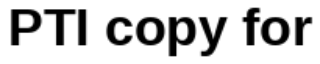
PTI copy for